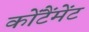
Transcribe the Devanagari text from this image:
कोंटैंमेंट